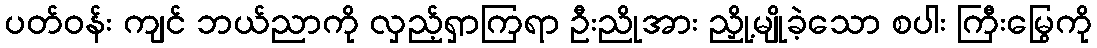
ပတ်ဝန်း ကျင် ဘယ်ညာကို လှည့်ရှာကြရာ ဦးညိုအား ညှို့မျိုခဲ့သော စပါး ကြီးမြွေကို